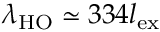
\lambda _ { \mathrm { H O } } \simeq 3 3 4 l _ { \mathrm { e x } }